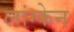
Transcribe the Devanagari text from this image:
लांग्केन